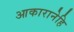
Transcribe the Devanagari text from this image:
आकारानेहि